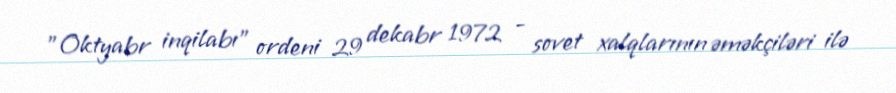
"Oktyabr inqilabı" ordeni 29 dekabr 1972 - sovet xalqlarının əməkçiləri ilə